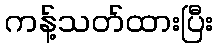
ကန့်သတ်ထားပြီး